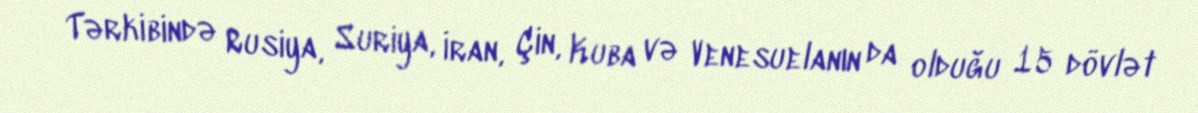
Tərkibində Rusiya, Suriya, İran, Çin, Kuba və Venesuelanın da olduğu 15 dövlət